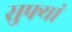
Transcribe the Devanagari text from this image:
सुफ्यां